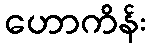
ဟောကိန်း